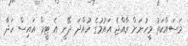
މަސައްކަތު މީހުނަށް ރާއްޖެ އައުމުގެ ހުއްދަ ދޭނީ އެ ޓީމް އައިސް ހަދާ